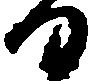
日